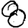
Digit: 8